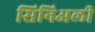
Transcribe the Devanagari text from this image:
सिनिअली